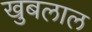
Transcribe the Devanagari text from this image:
खुबलाल